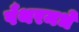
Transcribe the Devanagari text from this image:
पँथरमधे